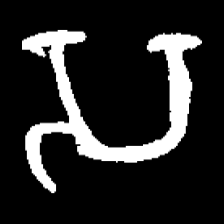
Pyu character \u2014 Myanmar letter: သ (romanized: sa)